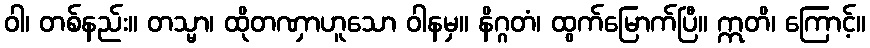
ဝါ၊ တစ်နည်း။ တသ္မာ၊ ထိုတဏှာဟူသော ဝါနမှ။ နိဂ္ဂတံ၊ ထွက်မြောက်ပြီ။ ဣတိ၊ ကြောင့်။